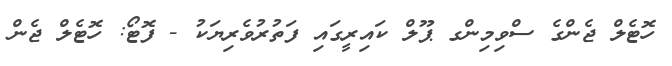
ހޮޓެލް ޖެންގެ ސްވިމިންގ ޕޫލް ކައިރީގައި ފަތުރުވެރިޔަކު - ފޮޓޯ: ހޮޓެލް ޖެން